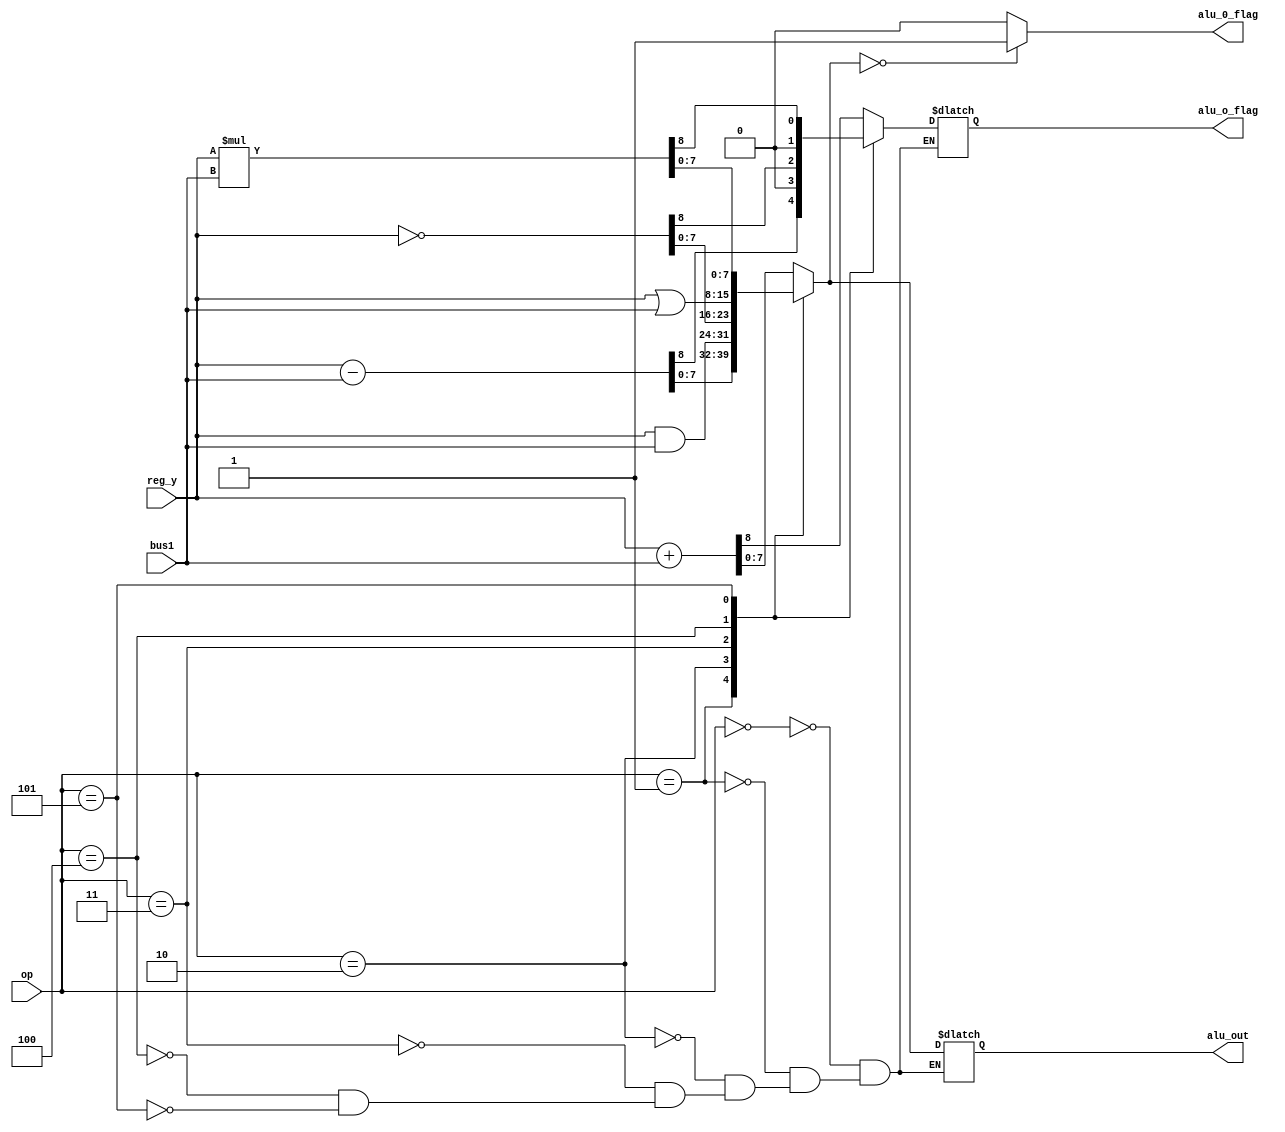
module alu(op,reg_y,bus1,alu_0_flag,alu_o_flag,alu_out);
input [7:0] reg_y,bus1;
input [3:0] op;
output reg [7:0] alu_out;
output reg alu_0_flag,alu_o_flag;

parameter [3:0]iadd=4'b0000;
parameter [3:0]isub=4'b0001;
parameter [3:0]iand=4'b0010;
parameter [3:0]inot=4'b0011;
parameter [3:0]ior=4'b0100;
parameter [3:0]imul=4'b0101;

always@(*)
begin
case(op)
iadd:{alu_o_flag,alu_out}=reg_y+bus1;
isub:{alu_o_flag,alu_out}=reg_y-bus1;
iand:{alu_o_flag,alu_out}=reg_y&bus1;
inot:{alu_o_flag,alu_out}=~reg_y;
ior:{alu_o_flag,alu_out}=reg_y|bus1;
imul:{alu_o_flag,alu_out}=reg_y*bus1;
endcase
if(alu_out==8'd0)
alu_0_flag=1;
else
alu_0_flag=0;
end
endmodule